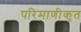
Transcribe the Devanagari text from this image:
परिमाणीकृत